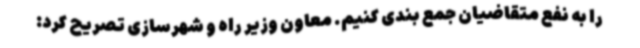
را به نفع متقاضیان جمع بندی کنیم. معاون وزیر راه و شهرسازی تصریح کرد: